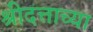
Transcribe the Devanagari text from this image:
श्रीदत्ताच्या